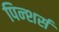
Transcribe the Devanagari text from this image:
पिन्शर्स